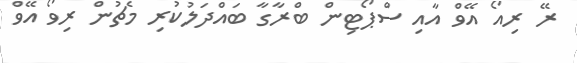
ރޭ ރިއޯ އޭވް އާއި ސްޕޯޓިން ބްރާގާ ބައްދަލުކުރި މެޗުން ރިވޯ އޭވް